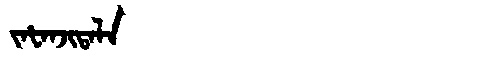
Manchu: ᠵᠠᡶᠠᠨᠵᡳᡨᠠᠯᠠ
Romanization: JAFANJITALA